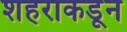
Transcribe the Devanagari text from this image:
शहराकडून